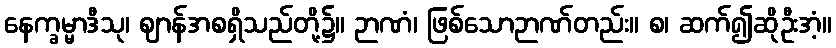
နေက္ခမ္မာဒီသု၊ ဈာန်အစရှိသည်တို့၌။ ဉာဏံ၊ ဖြစ်သောဉာဏ်တည်း။ စ၊ ဆက်၍ဆိုဦးအံ့။